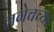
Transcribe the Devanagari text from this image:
लगेचच्या